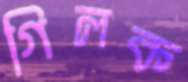
গিলক